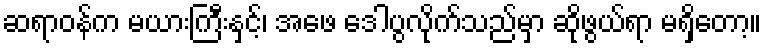
ဆရာဝန်က မယားကြီးနှင့်၊ အဖေ ဒေါပွလိုက်သည်မှာ ဆိုဖွယ်ရာ မရှိတော့။